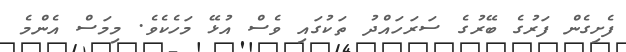
ފެށިގެން ފަރުގެ ބޭރުގެ ސަރަހައްދު ތަކުގައި ވެސް އުޅޭ މަހެކެވެ. މިމަސް އެންމެ